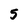
Character: 5